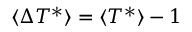
\langle \Delta T ^ { * } \rangle = \langle T ^ { * } \rangle - 1